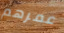
عمرهم